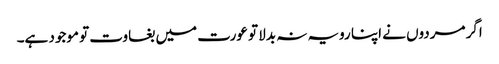
اگر مردوں نے اپنا رویہ نہ بدلا تو عورت میں بغاوت تو موجود ہے۔